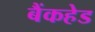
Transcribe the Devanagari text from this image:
बैंकहेड